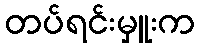
တပ်ရင်းမှူးက